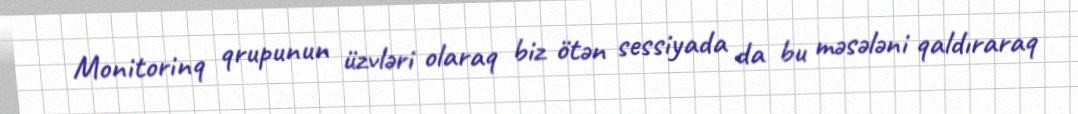
Monitorinq qrupunun üzvləri olaraq biz ötən sessiyada da bu məsələni qaldıraraq